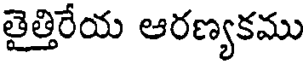
తైత్తిరేయ ఆరణ్యకము